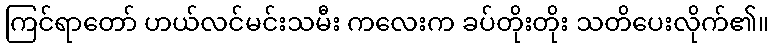
ကြင်ရာတော် ဟယ်လင်မင်းသမီး ကလေးက ခပ်တိုးတိုး သတိပေးလိုက်၏။